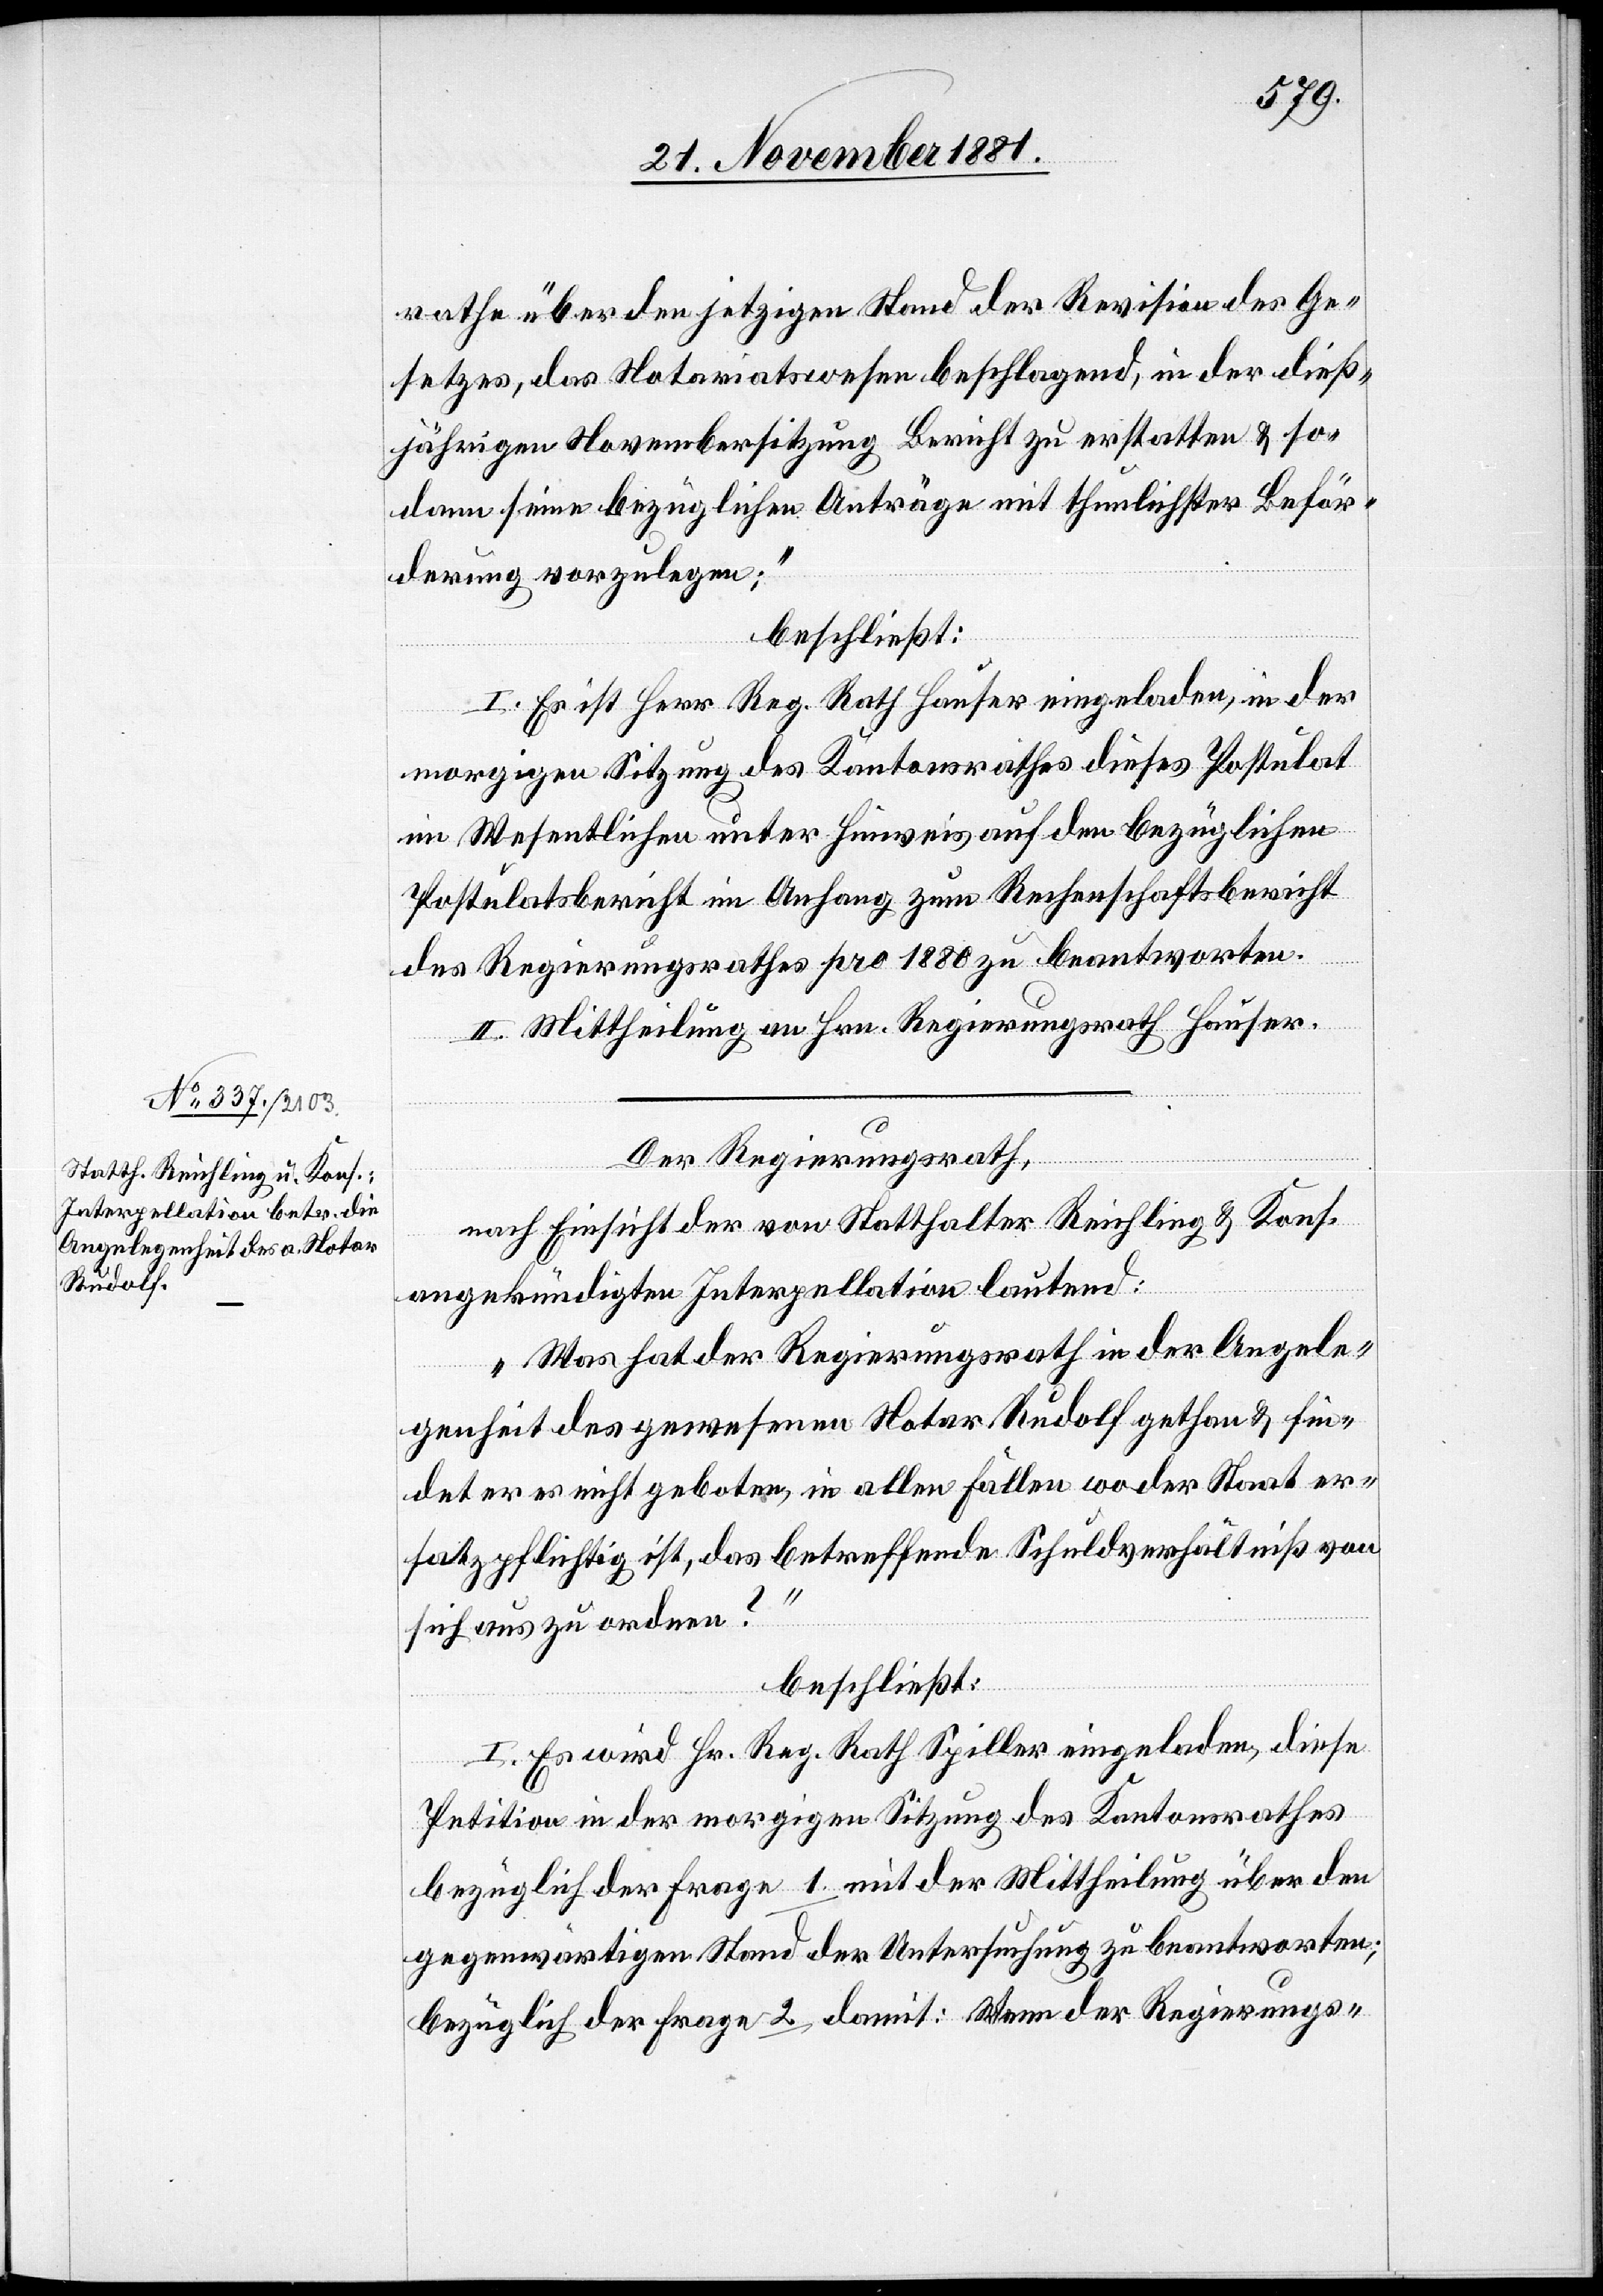
rathe über den jetzigen Stand der Revision des Ge¬
setzes, das Notariatswesen beschlagend, in der dieß¬
jährigen Novembersitzung Bericht zu erstatten & so¬
dann seine bezüglichen Anträge mit thunlichster Beför¬
derung vorzulegen“;
beschließt:
I. Es ist Herr Reg. Rath Hauser eingeladen, in der
morgigen Sitzung des Kantonsrathes dieses Postulat
im Wesentlichen unter Hinweis auf den bezüglichen
Postulatsbericht im Anfang zum Rechenschaftsbericht
des Regierungsrathes pro 1880 zu beantworten.
II. Mittheilung an Hrn. Regierungsrath Hauser.
Der Regierungsrath,
nach Einsicht der von Statthalter Reichling & Kons.
angekündigten Interpellation lautend:
„Was hat der Regierungsrath in der Angele¬
genheit des gewesenen Notar Rudolf gethan & fin¬
det er es nicht geboten, in allen Fällen wo der Staat er¬
satzpflichtig ist, das betreffende Schuldverhältniß von
sich aus zu ordnen?“
beschließt:
I. Es wird Hr. Reg. Rath Spiller eingeladen, diese
Petition in der morgigen Sitzung des Kantonsrathes
bezüglich der Frage 1. mit der Mittheilung über den
gegenwärtigen Stand der Untersuchung zu beantworten;
bezüglich der Frage 2. damit: Wenn der Regierungs-